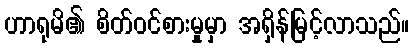
ဟာရုမိ၏ စိတ်ဝင်စားမှုမှာ အရှိန်မြင့်လာသည်။